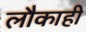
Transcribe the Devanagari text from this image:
लौकाही